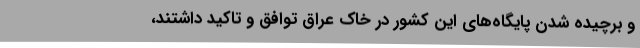
و برچیده شدن پایگاه‌های این کشور در خاک عراق توافق و تاکید داشتند،